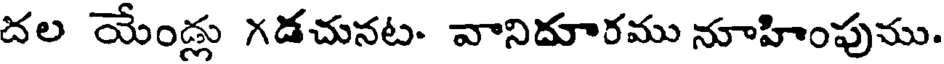
దల యేండ్లు గడచునట- వానిదూరము నూహింపుము.